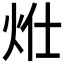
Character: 𤇧